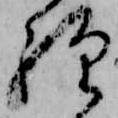
経